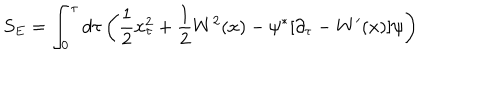
LaTeX: S _ { E } = \int _ { 0 } ^ { \tau } d \tau \left( { \frac { 1 } { 2 } } x _ { \tau } ^ { 2 } + { \frac { 1 } { 2 } } W ^ { 2 } ( x ) - \psi ^ { \ast } [ \partial _ { \tau } - W ^ { \prime } ( x ) ] \psi \right)